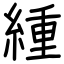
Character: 緟